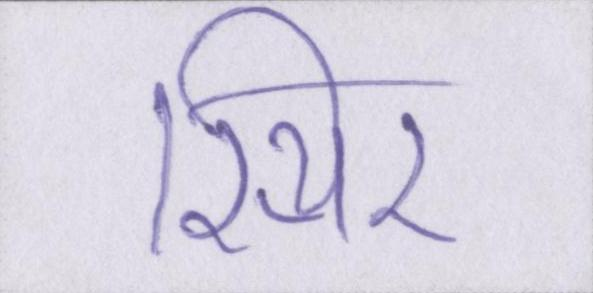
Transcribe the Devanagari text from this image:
स्थिर